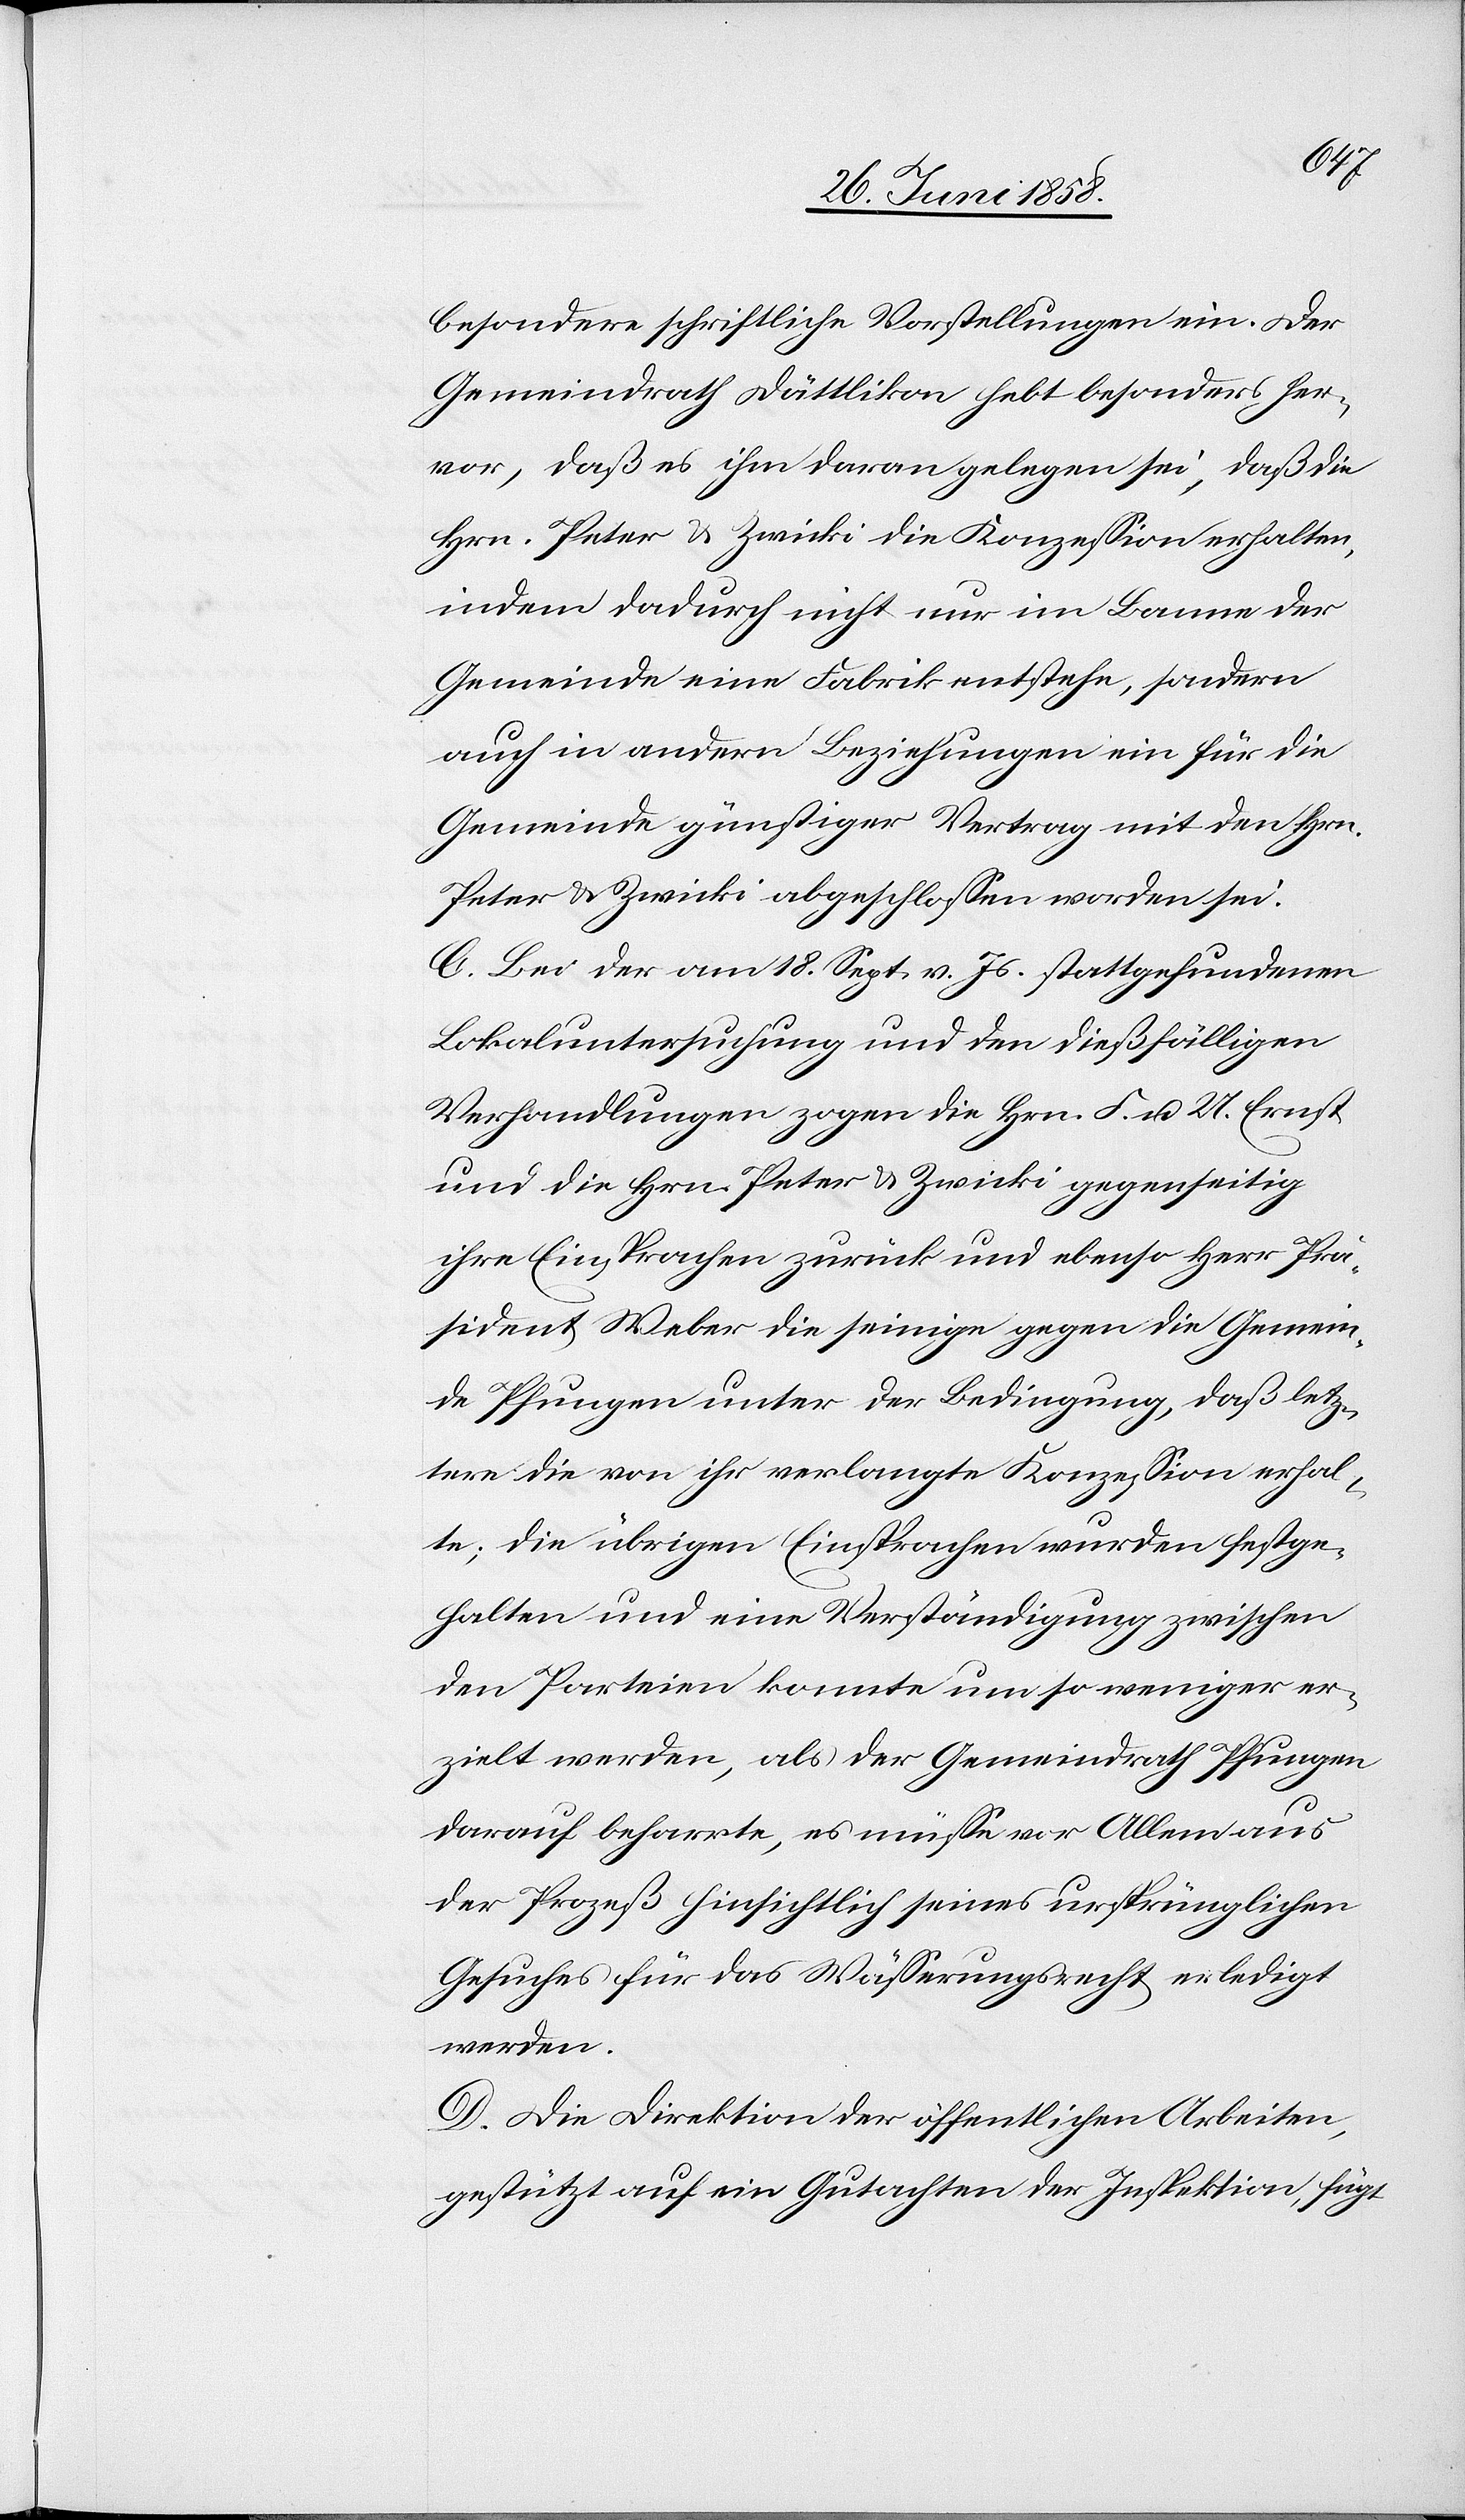
besondere schriftliche Vorstellungen ein. Der
Gemeindrath Dättlikon hebt besonders her¬
vor, daß es ihm daran gelegen sei, daß die
Hrn. Peter & Zwicki die Konzession erhalten,
indem dadurch nicht nur im Banne der
Gemeinde eine Fabrik entstehe, sondern
auch in andern Beziehungen ein für die
Gemeinde günstiger Vertrag mit den Hrn.
Peter & Zwicki abgeschlossen worden sei.
C. Bei der am 18. Sept. v. Js. stattgefundenen
Lokaluntersuchung und den dießfälligen
Verhandlungen zogen die Hrn. F. u. U. Ernst
und die Hrn. Peter & Zwicki gegenseitig
ihre Einsprachen zurück und ebenso Herr Prä¬
sident Weber die seinige gegen die Gemein¬
de Pfungen unter der Bedingung, daß letz¬
tere die von ihr verlangte Konzession erhal¬
te; die übrigen Einsprachen wurden festge¬
halten und eine Verständigung zwischen
den Parteien konnte um so weniger er¬
zielt werden, als der Gemeindrath Pfungen
darauf beharrte, es müsse vor Allem aus
der Prozeß hinsichtlich seines ursprünglichen
Gesuches für das Wässerungsrecht erledigt
werden.
D. Die Direktion der öffentlichen Arbeiten,
gestützt auf ein Gutachten der Inspektion, fügt